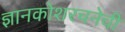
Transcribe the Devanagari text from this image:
ज्ञानकोशरचनेची